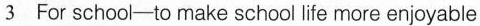
3 For school-to make school life more enjoyable